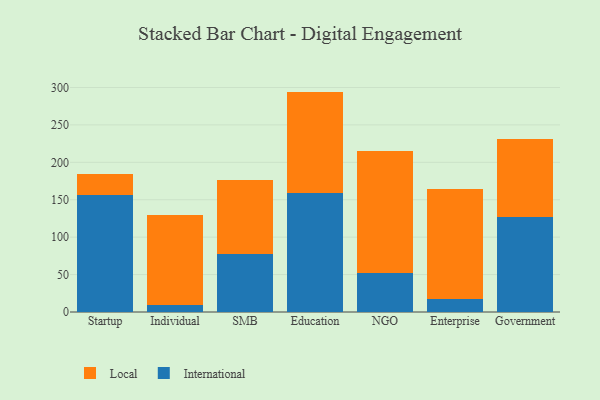
{"axis": {"x": "Segment", "y": "Satisfaction Score"}, "legend": ["International", "Local"], "data": [{"x": "Startup", "y": 157.0, "type": "International"}, {"x": "Startup", "y": 27.6, "type": "Local"}, {"x": "Individual", "y": 9.3, "type": "International"}, {"x": "Individual", "y": 119.7, "type": "Local"}, {"x": "SMB", "y": 77.2, "type": "International"}, {"x": "SMB", "y": 98.8, "type": "Local"}, {"x": "Education", "y": 159.2, "type": "International"}, {"x": "Education", "y": 135.3, "type": "Local"}, {"x": "NGO", "y": 52.6, "type": "International"}, {"x": "NGO", "y": 163.0, "type": "Local"}, {"x": "Enterprise", "y": 17.1, "type": "International"}, {"x": "Enterprise", "y": 147.2, "type": "Local"}, {"x": "Government", "y": 127.6, "type": "International"}, {"x": "Government", "y": 103.7, "type": "Local"}]}